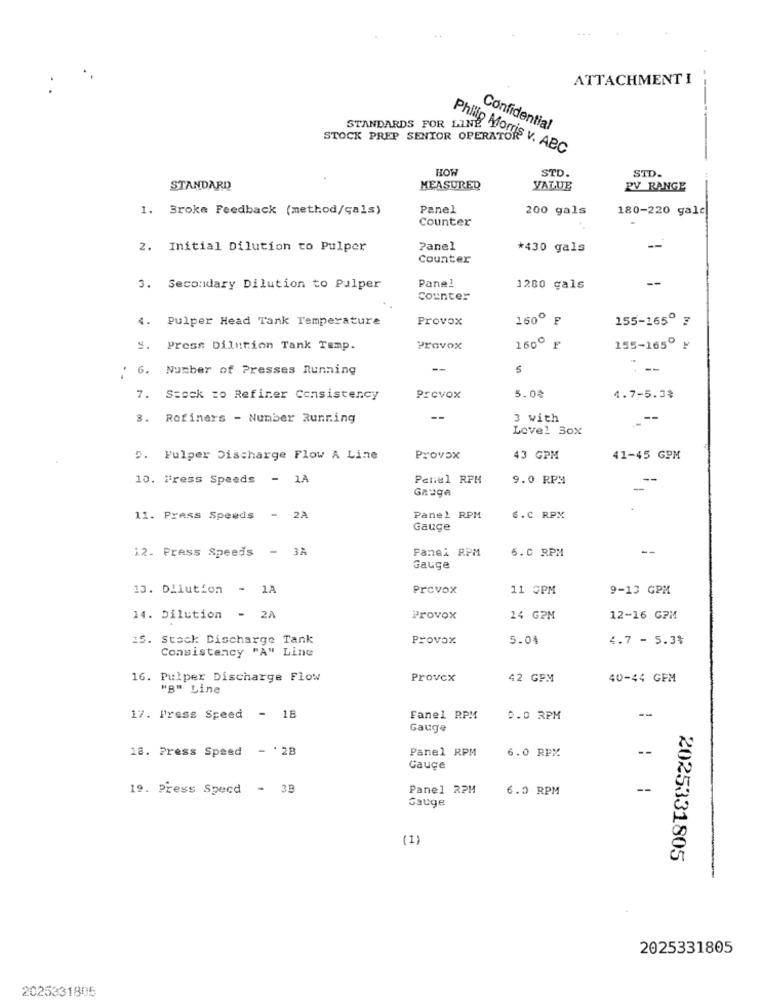
ATTACHMENT I
STANDARDS FOR LINE Y
Philip Morris
Confidential
STOCK PREP SENIOR OPERATOR V. ABC
HOW
STD.
STD.
STANDARD
MEASURED
VALUE
PV RANGE
1. Broke Feedback (method/gals)
Panel
200 gals
180-220 gale
Counter
2. Initial Dilution to Pulper
Panel
*430 gals
--
Counter
Panel
--
3. Secondary Dilution to Pulper
1280 gals
Counter
4. Pulper Head Tank Temperature
Provox
160º F
155-165º 7
S. Press Dilution Tank Temp.
Pravox
160º F
155-165º ¥
: 6. Number of Presses Running
--
- --
7. Stock :o Refiner Consistency
Prevox
5.0₴
4.7-5.3%
3. Refiners - Number Running
--
3 with
--
Level Box
". Fulper Discharge Flow A Line
Provox
43 GPM
41-45 GPM
10. Fress Speeds - 1A
Panel RPM
9.0 RPM
--
Gauge
-
11. Press Speeds - 2A
Panel RPM
6.C RPM
Gauge
12. Press Speeds - 3A
Fanei RPM
6.0 RPM
--
Gauge
13. Dilution - 1A
Prevox
11 GPM
9-13 GPM
14. Dilution - 2A
Provox
14 GPM
12-16 GPM
15. Stock Discharge Tank
Provox
5.04
4.7 - 5.3%
Consistency "A" Line
16. Pulper Discharge Flow
Provex
42 GPM
40-44 GFM
"B" Line
17. Press Speed - 1B
Fanel RPM
0.0 RPM
--
Gauge
18. Press Speed - '2B
Panel RPM
6.0 RPM
--
Gauge
19. Press Specd - 3B
Panel 2PM
6.0 RPM
Gauge
(1)
2025331805
2025331805
2025331805